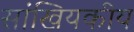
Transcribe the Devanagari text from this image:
सांखियकीय